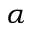
\alpha